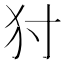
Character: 𤜮